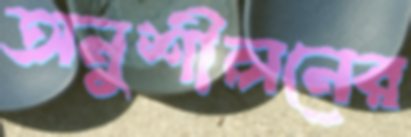
অনুশীলনের